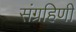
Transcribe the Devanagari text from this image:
संग्रहिणी